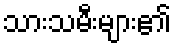
သားသမီးများ၏